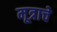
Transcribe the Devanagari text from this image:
मूत्राचे